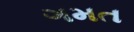
ગમત